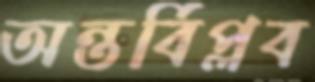
অন্তর্বিপ্লব